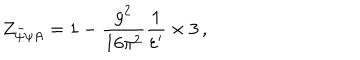
Z _ { \bar { \psi } \psi A } = 1 - \frac { g ^ { 2 } } { 1 6 \pi ^ { 2 } } \frac { 1 } { \varepsilon ^ { \prime } } \times 3 \, ,